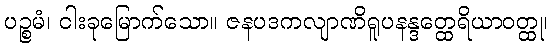
ပဉ္စမံ၊ ငါးခုမြောက်သော။ ဇနပဒကလျာဏိရူပနန္ဒတ္ထေရိယာဝတ္ထု၊